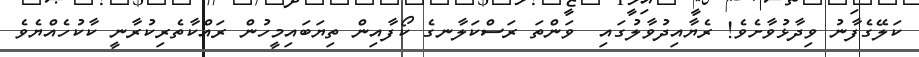
ކަލޭގެފާނު ވިދާޅުވާށެވެ! ރެޔާއިދުވާލުގައި  ވަންތަ ރަސްކަލާނގެ ކޯފާއިން ތިޔަބައިމީހުން ރައްކާތެރިކުރާނީ ކާކުހެއްޔެވެ